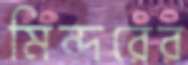
মিন্দরের